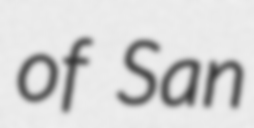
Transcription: of San